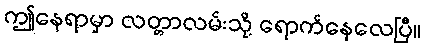
ဤနေရာမှာ လတ္တာလမ်းသို့ ရောက်နေလေပြီ။